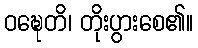
ဝဍ္ဎေတိ၊ တိုးပွားစေ၏။